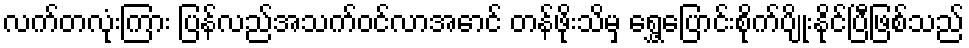
လက်တလုံးကြား ပြန်လည်အသက်ဝင်လာအောင် တန်ဖိုးသိမှ ရွှေ့ပြောင်းစိုက်ပျိုးနိုင်ပြီဖြစ်သည်